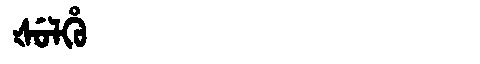
Manchu: ᡧᡠᠯᡥᡠ
Romanization: ŠULHU